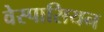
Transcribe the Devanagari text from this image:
वेस्पासियन